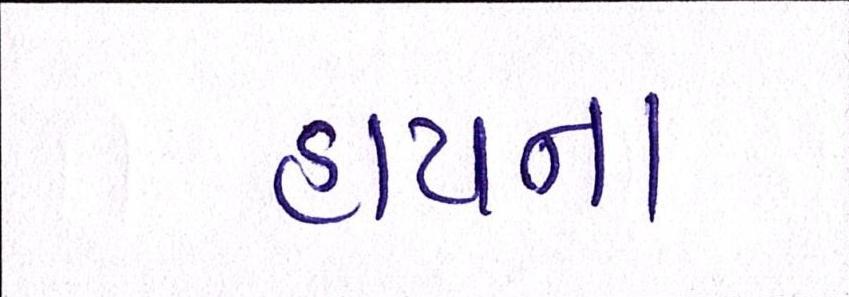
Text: હાયના